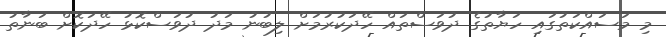
މި މަސައްކަތުގައި ހަޔާތުގެ ދުވަސްތައް ހޭދަކުރުމަށް ލިބުނު މަދު ދުވަސްކޮޅު ހޭދަކޮށް ބަނާތު